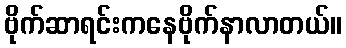
ဗိုက်ဆာရင်းကနေဗိုက်နာလာတယ်။